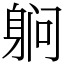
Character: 䠺